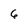
Character: 6